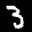
Label: 3